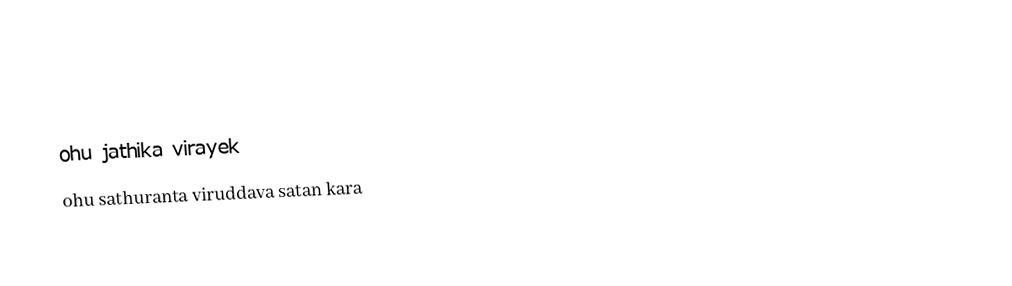

ohu jathika virayek
ohu sathuranta viruddava satan kara